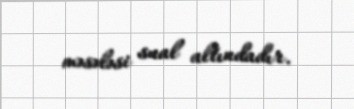
məsələsi sual altındadır.